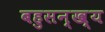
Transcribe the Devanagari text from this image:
बहुसन्ख्य